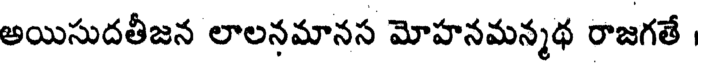
అయిసుదతీజన లాలనమానస మోహనమన్మథ రాజగతే